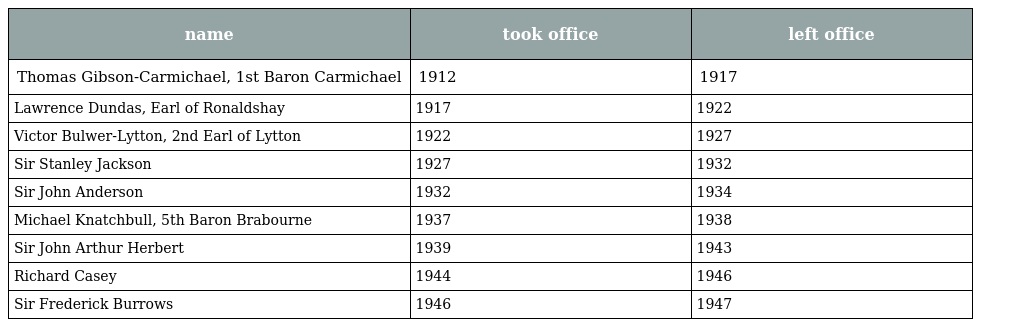
| name | took office | left office |
 | --- | --- | --- |
 | Thomas Gibson-Carmichael, 1st Baron Carmichael | 1912 | 1917 |
 | Lawrence Dundas, Earl of Ronaldshay | 1917 | 1922 |
 | Victor Bulwer-Lytton, 2nd Earl of Lytton | 1922 | 1927 |
 | Sir Stanley Jackson | 1927 | 1932 |
 | Sir John Anderson | 1932 | 1934 |
 | Michael Knatchbull, 5th Baron Brabourne | 1937 | 1938 |
 | Sir John Arthur Herbert | 1939 | 1943 |
 | Richard Casey | 1944 | 1946 |
 | Sir Frederick Burrows | 1946 | 1947 |